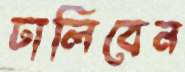
ঢালিবেন